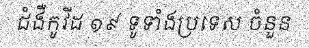
ជំងឺកូវីដ ១៩ ទូទាំងប្រទេស ចំនួន